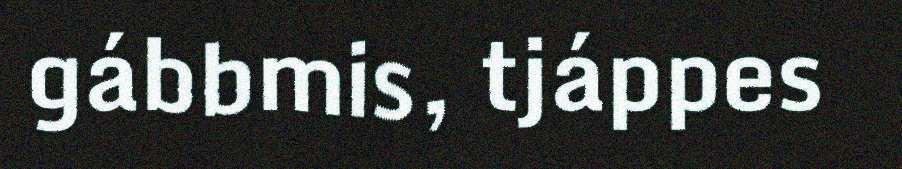
gábbmis, tjáppes